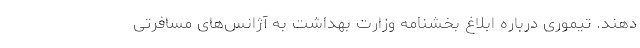
دهند. تیموری درباره ابلاغ بخشنامه وزارت بهداشت به آژانس‌های مسافرتی